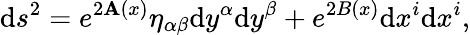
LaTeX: \mathrm{d}s^{2}=e^{2\mathbf{A}(x)}\eta_{\alpha\beta}\mathrm{d}y^{\alpha}\mathrm{d}y^{\beta}+e^{2B(x)}\mathrm{d}x^{i}\mathrm{d}x^{i},